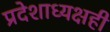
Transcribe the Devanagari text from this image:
प्रदेशाध्यक्षही